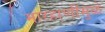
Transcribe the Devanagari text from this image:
मारहाणीमुळे